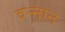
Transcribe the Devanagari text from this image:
वन्नान